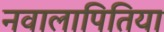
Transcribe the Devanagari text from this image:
नवालापितिया